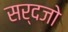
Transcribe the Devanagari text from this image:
सर्दजो